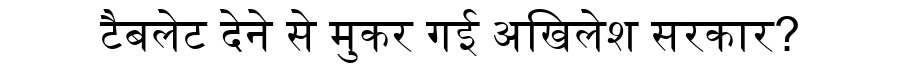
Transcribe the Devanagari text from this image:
टैबलेट देने से मुकर गई अखिलेश सरकार?